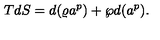
T d S = d ( \varrho a ^ { p } ) + \wp d ( a ^ { p } ) .